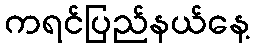
ကရင်ပြည်နယ်နေ့